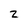
Character: Z